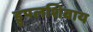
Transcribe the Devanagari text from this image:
ड्रूपलशिवाय